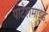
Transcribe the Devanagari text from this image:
पोटैशमाइड